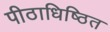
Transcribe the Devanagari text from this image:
पीठाधिष्ठित